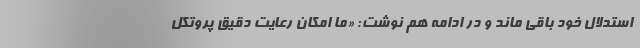
استدلال خود باقی ماند و در ادامه هم نوشت: «‌ما امكان رعايت دقيق پروتكل